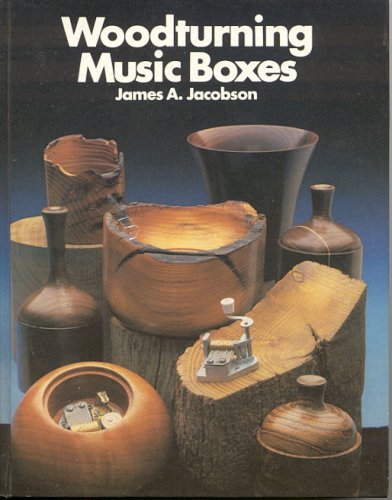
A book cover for Woodturning Music Boxes; James A Jacobson; Crafts, Hobbies & Home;